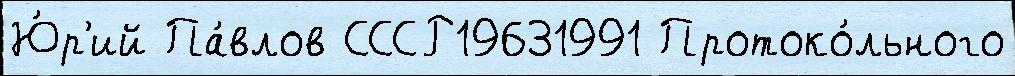
Ю́р'ий Па́влов СССР19631991 Протоко́льного